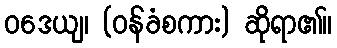
ဝဒေယျ၊ (ဝန်ခံစကား) ဆိုရာ၏။